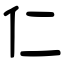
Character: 仁